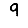
Digit: 9